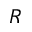
R